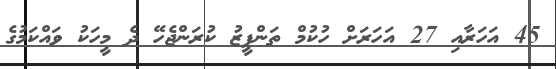
45 އަހަރާއި 27 އަހަރަށް ހުކުމް ތަންފީޒު ކުރަންޖެހޭ ދެ މީހަކު ވައްކަމުގެ